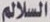
السلالم